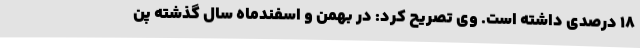
18 درصدی داشته است. وی تصریح کرد: در بهمن و اسفندماه سال گذشته پن